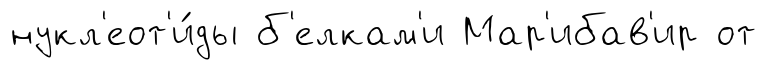
нукл'еот'и́ды б'елкам'и Мар'ибав'ир от